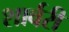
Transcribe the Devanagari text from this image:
शार्वरी